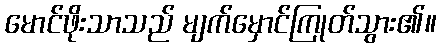
မောင်ဖိုးသာသည် မျက်မှောင်ကြုတ်သွား၏။